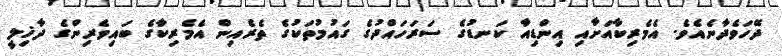
ދޭހަވެދާނެއެވެ. އެމެރިކާއަށާއި އިންޑިއާ ކަނޑުގެ ސަރަހައްދުގެ ގައުމުތަކުގެ ތެރެއިން އެމެރިކާގެ ބައިވެރިންގެ ދާޚިލީ